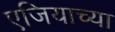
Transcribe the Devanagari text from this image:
एजियाच्या